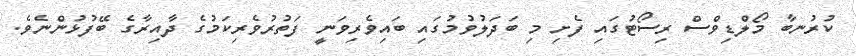
ކުރުނބާ މޯލްޑިވްސް ރިސޯޓުގައި ފެށި މި ބަދަލުވުމުގައި ބައިވެރިވަނީ ފަތުރުވެރިކަމުގެ ދާއިރާގެ ބޭފުޅުންނެވެ.